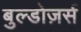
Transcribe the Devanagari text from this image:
बुल्डोज़र्स